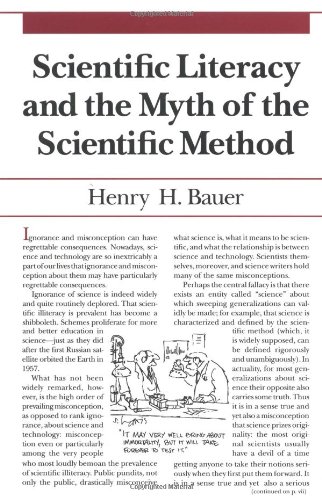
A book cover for Scientific Literacy and the Myth of the Scientific Method (Illini Books); Henry H. Bauer; Science & Math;